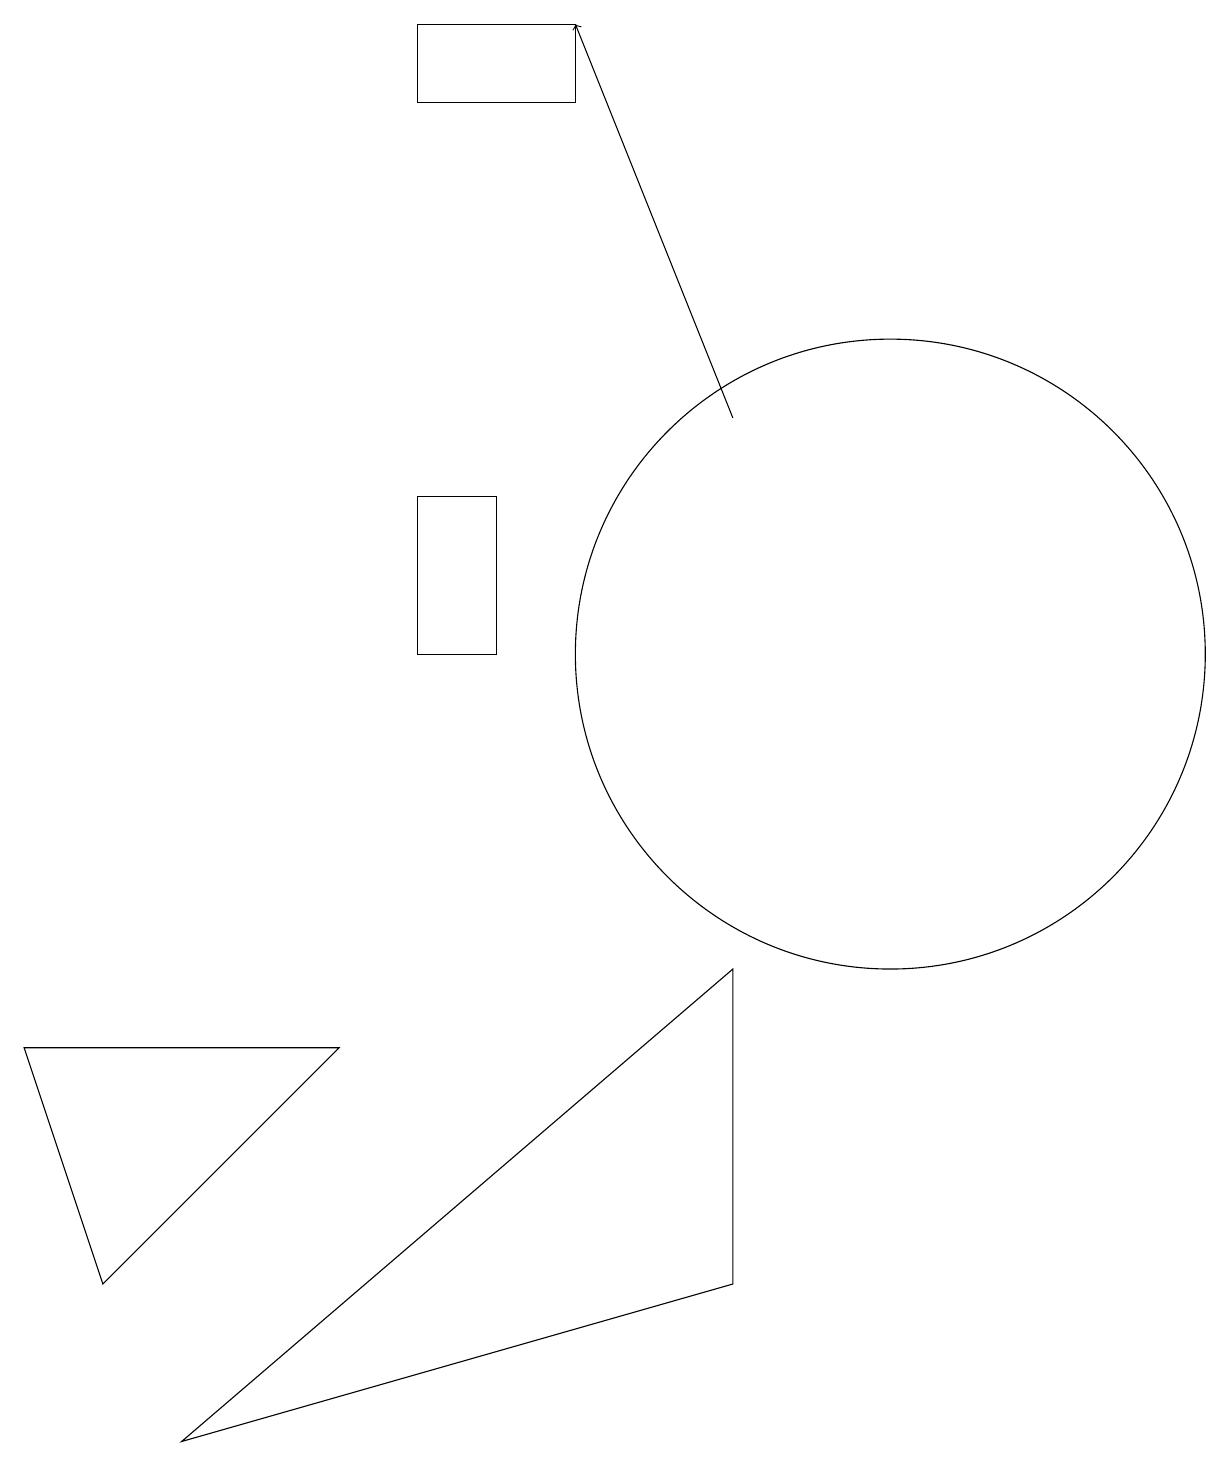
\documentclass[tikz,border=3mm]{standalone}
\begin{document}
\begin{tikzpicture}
\draw (7,18) rectangle (5,17);
\draw (11,10) circle (4);
\draw (9,2) -- (2,0) -- (9,6) -- cycle;
\draw[->] (9,13) -- (7,18);
\draw (1,2) -- (4,5) -- (0,5) -- cycle;
\draw (5,12) rectangle (6,10);
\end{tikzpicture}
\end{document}